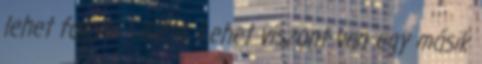
lehet fogyni - diéta. Lehet viszont van egy másik